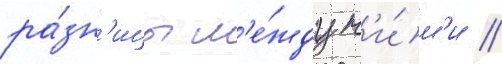
ра́зн'ицы м'е́жду н'и́м'и //